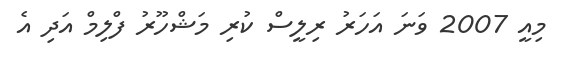
މިއީ 2007 ވަނަ އަހަރު ރިލީސް ކުރި މަޝްހޫރު ފްލިމް އަދި އެ